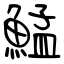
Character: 鯭